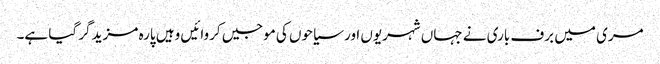
مری میں برف باری نے جہاں شہریوں اور سیاحوں کی موجیں کروائیں وہیں پارہ مزید گر گیا ہے۔